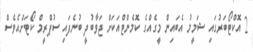
2 އޮކްޓޯބަރުގައި ޝަމީމު އެބައިން މީގެއްގެ ކޮމެންޓްއަކަށް ޖަވާބުދީ ބުނެފައި ސުޕްރީމް ކޯޓަށްއެވެސް